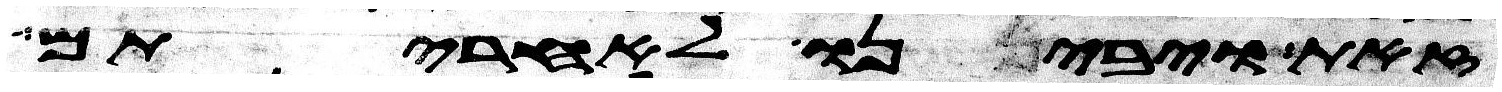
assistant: זאת ויבינו לאחריתם